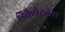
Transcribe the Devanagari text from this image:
डिकैपेटलेस